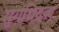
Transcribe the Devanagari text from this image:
सुगंधिद्रव्य